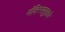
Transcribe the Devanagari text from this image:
मंदिरसमुहाचे